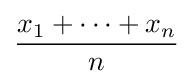
{\frac {x_{1}+\dots +x_{n}}{n}}